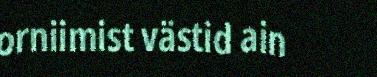
orniimist västid ain